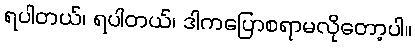
ရပါတယ်၊ ရပါတယ်၊ ဒါကပြောစရာမလိုတော့ပါ။